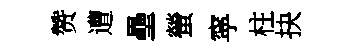
赞遭壘螢寜柱抉